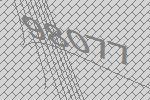
98077